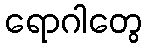
ရောဂါတွေ